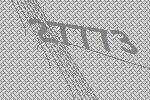
27773